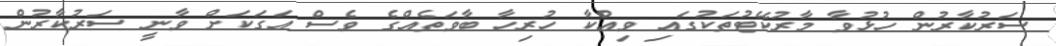
ސަރުކާރުން ހުޅުވާ މާރުކޭޓުތަކުގައި ވިއްކާ ހުރިހާ ބާވަތެއްގެ ވެސް އަގަކަށް ވާނީ ސަރުކާރުން